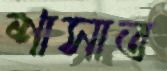
শাসাত